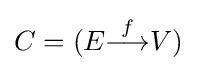
C=(E{\overset {f}{\longrightarrow }}V)